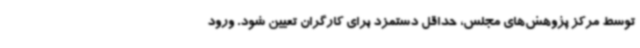
توسط مرکز پژوهش‌های مجلس، حداقل دستمزد برای کارگران تعیین شود. ورود